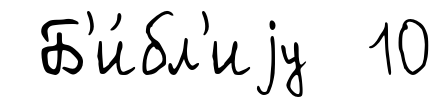
Б'и́бл'иjу 10